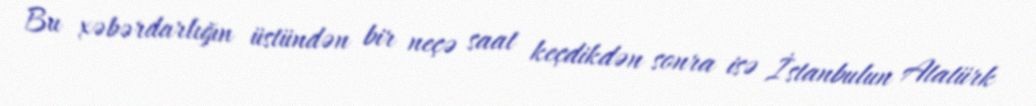
Bu xəbərdarlığın üstündən bir neçə saat keçdikdən sonra isə İstanbulun Atatürk